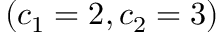
( c _ { 1 } = 2 , c _ { 2 } = 3 )